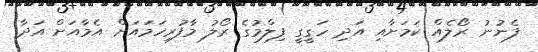
ފެނުނު ރޯލެއް ކަމަށާއި އަދި ހަގީގީ ފިލްމުގެ ރޯލު މާފުރިހަމައަށް އެމާއަށް އަދާ